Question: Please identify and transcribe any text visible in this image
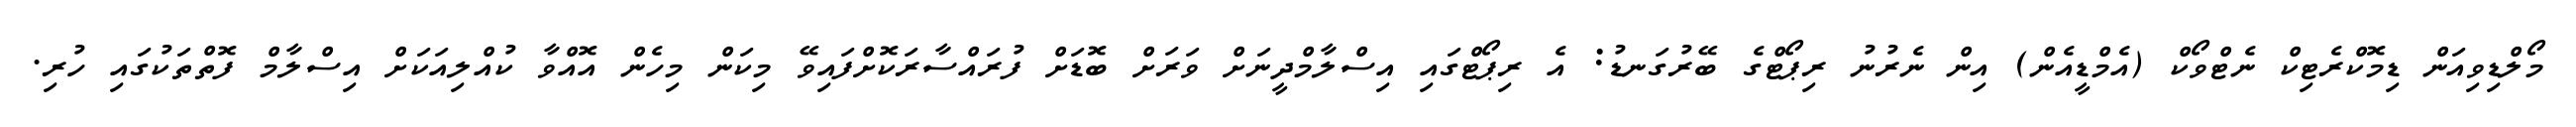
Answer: މޯލްޑިވިއަން ޑިމޮކްރެޓިކް ނެޓްވޯކް (އެމްޑީއެން) އިން ނެރުނު ރިޕޯޓްގެ ބޭރުގަނޑު: އެ ރިޕޯޓްގައި އިސްލާމްދީނަށް ވަރަށް ބޮޑަށް ފުރައްސާރަކޮށްފައިވޭ މިކަން މިހެން އޮއްވާ ކުއްލިއަކަށް އިސްލާމް ފޮތްތަކުގައި ހުރި.